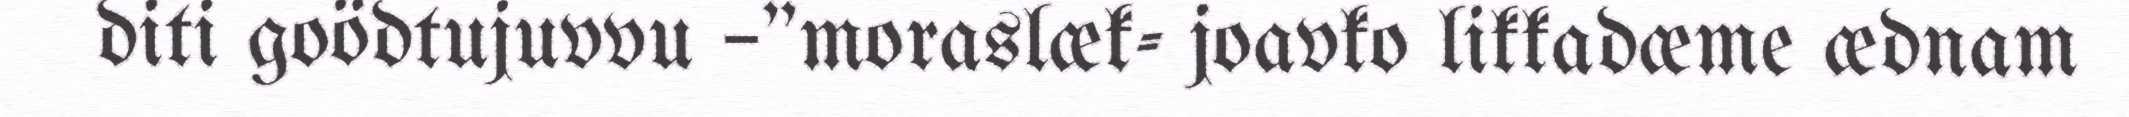
diti goödtujuvvu –"moraslæk- joavko likkadæme ædnam